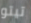
تيتو